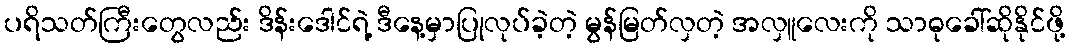
ပရိသတ်ကြီးတွေလည်း ဒိန်းဒေါင်ရဲ့ ဒီနေ့မှာပြုလုပ်ခဲ့တဲ့ မွန်မြတ်လှတဲ့ အလှူလေးကို သာဓုခေါ်ဆိုနိုင်ဖို့